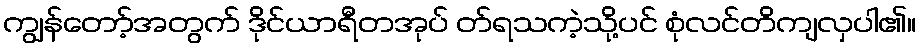
ကျွန်တော့်အတွက် ဒိုင်ယာရီတအုပ် တ်ရသကဲ့သို့ပင် စုံလင်တိကျလှပါ၏။